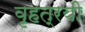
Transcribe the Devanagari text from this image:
वृहत्रयी